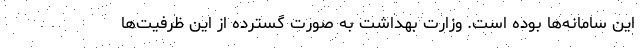
این سامانه‌ها بوده است. وزارت بهداشت به صورت گسترده از این ظرفیت‌ها